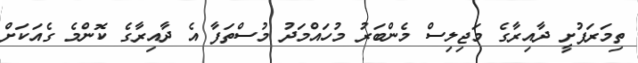
ތިމަރަފުށީ ދާއިރާގެ މަޖިލިސް މެންބަރު މުހައްމަދު މުސްތަފާ އެ ދާއިރާގެ ކޮންމެ ގެއަކަށް